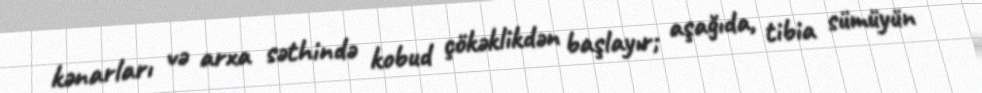
kənarları və arxa səthində kobud çökəklikdən başlayır; aşağıda, tibia sümüyün